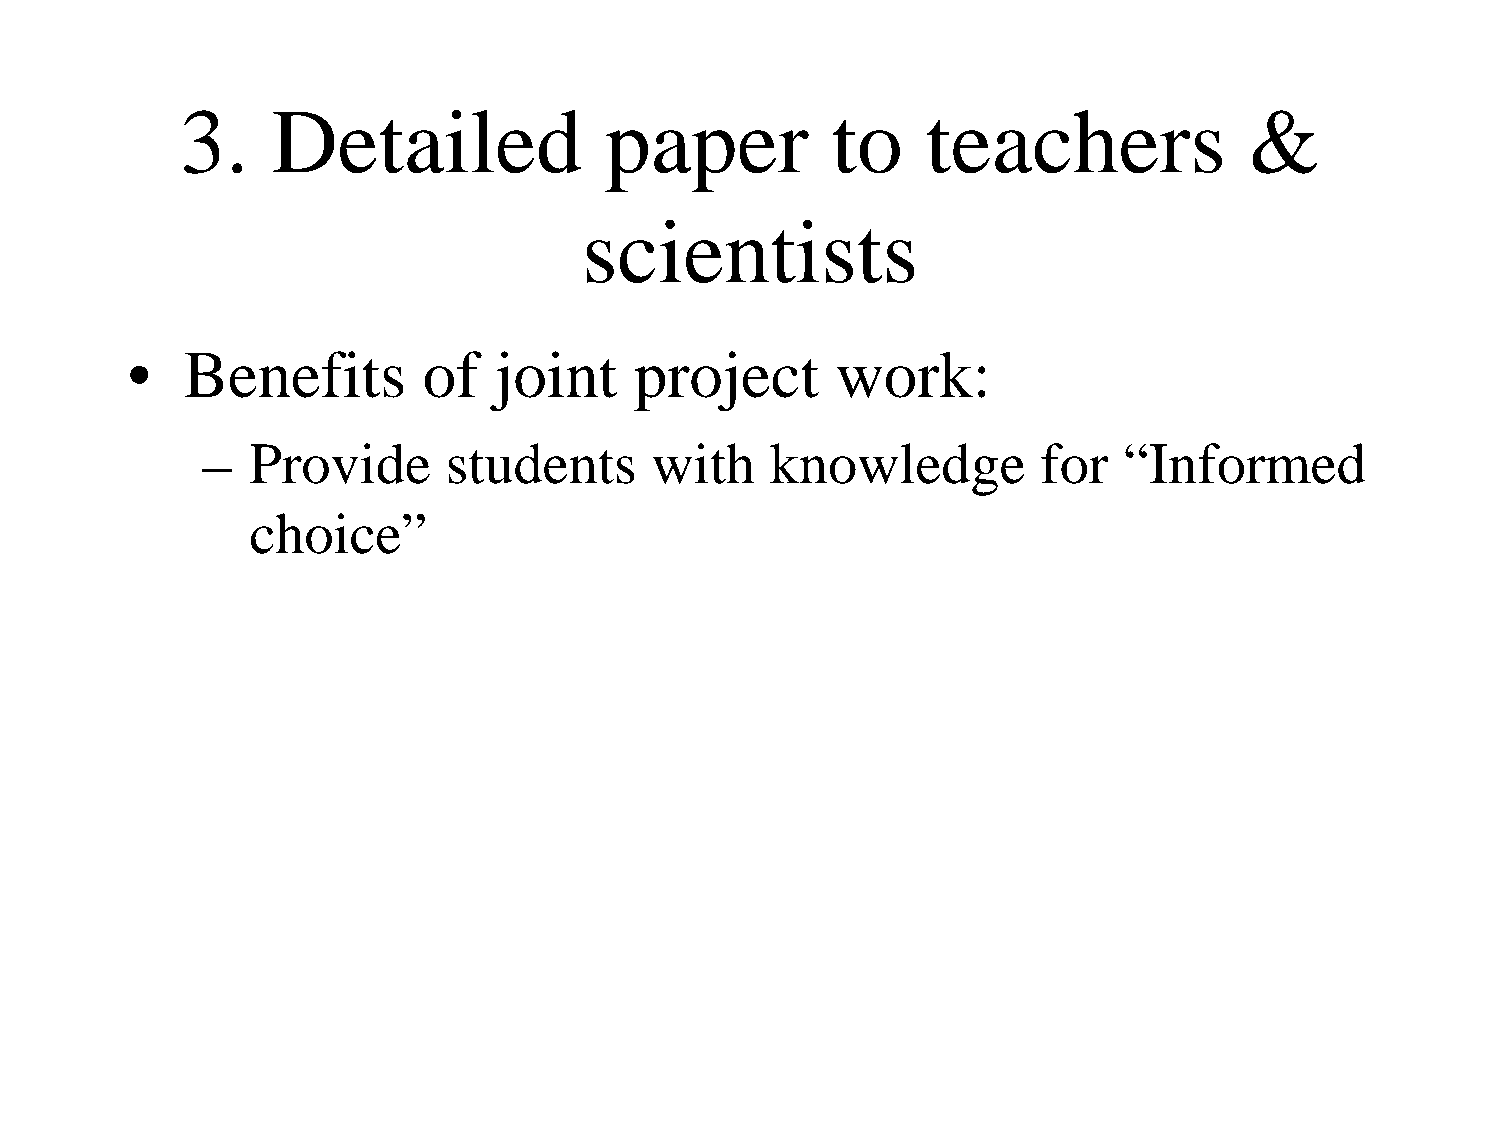
3.    Detailed              paper          to    teachers              &
 scientists
 •   Benefits        of   joint    project      work:
 –   Provide      students     with    knowledge         for  “Informed
 choice”